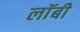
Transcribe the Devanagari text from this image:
लाॅबी